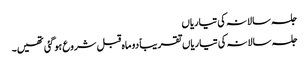
جلسہ سالانہ کی تیاریاں
جلسہ سالانہ کی تیاریاں تقریباً دو ماہ قبل شروع ہو گئی تھیں۔